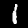
Digit: 1